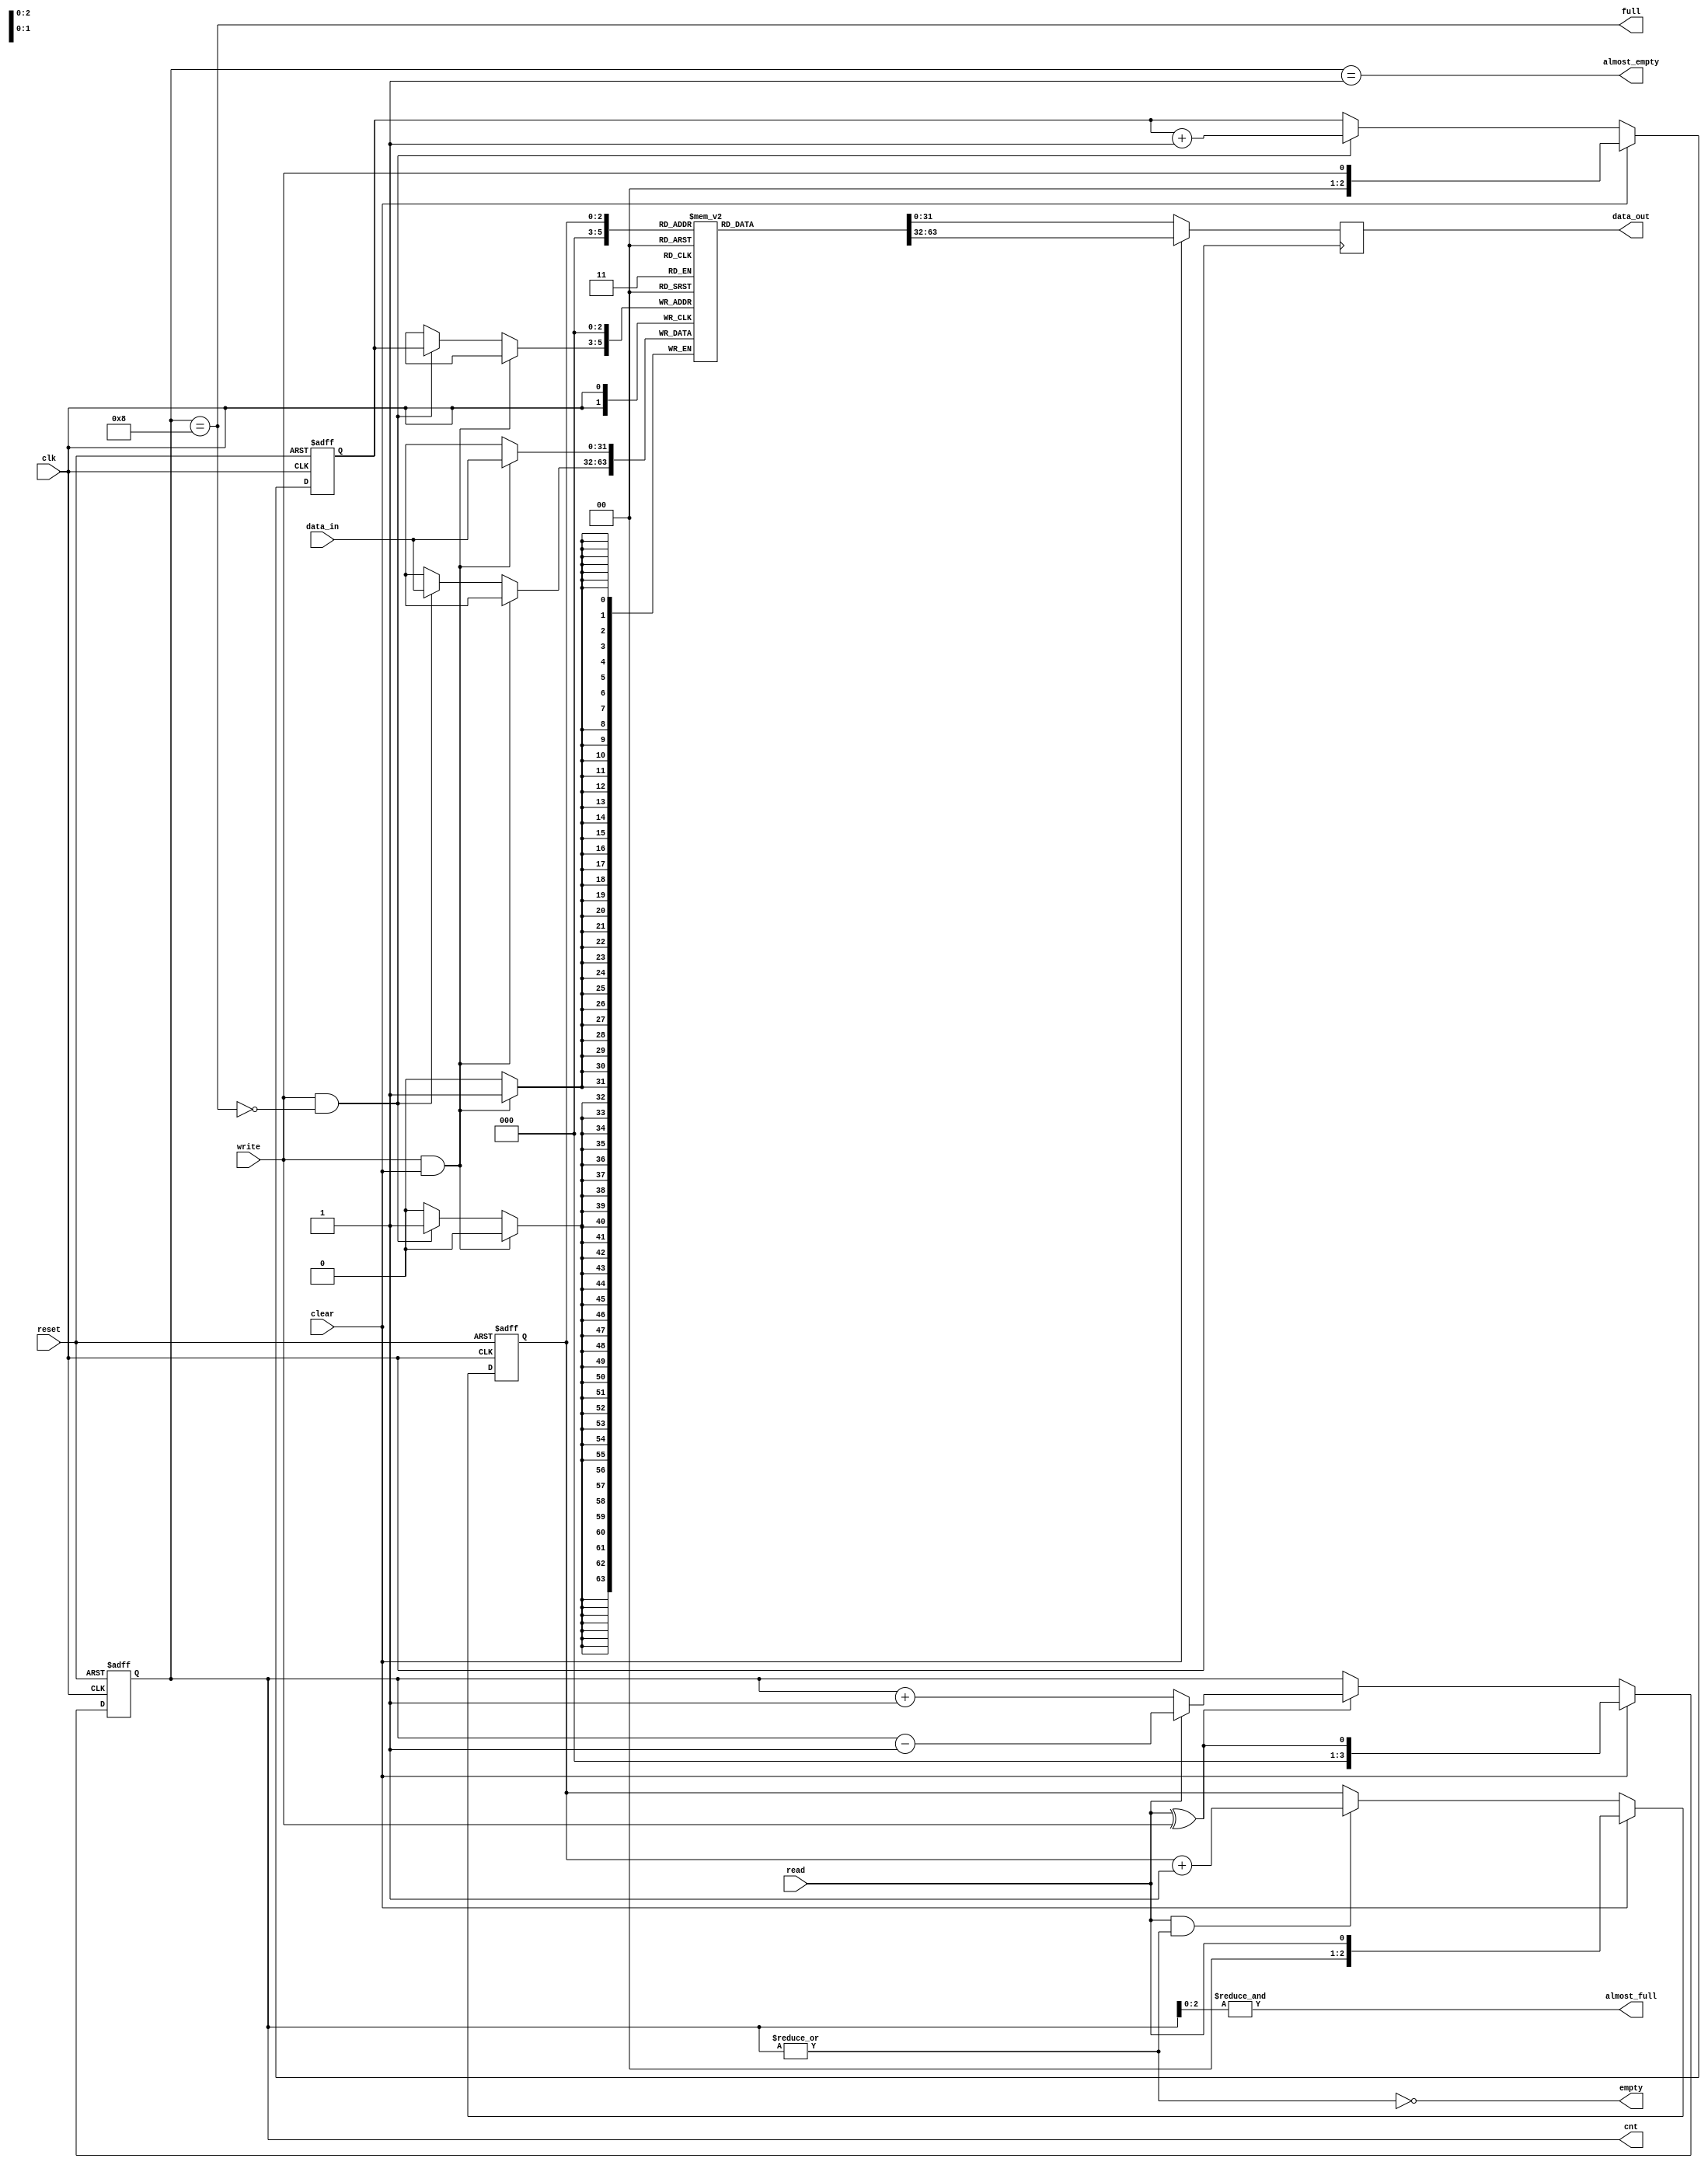
module eth_fifo (data_in, data_out, clk, reset, write, read, clear,
                 almost_full, full, almost_empty, empty, cnt);

parameter DATA_WIDTH    = 32;
parameter DEPTH         = 8;
parameter CNT_WIDTH     = 4;

input                     clk;
input                     reset;
input                     write;
input                     read;
input                     clear;
input   [DATA_WIDTH-1:0]  data_in;

output  [DATA_WIDTH-1:0]  data_out;
output                    almost_full;
output                    full;
output                    almost_empty;
output                    empty;
output  [CNT_WIDTH-1:0]   cnt;

`ifdef ETH_FIFO_XILINX
`else
  `ifdef ETH_ALTERA_ALTSYNCRAM
  `else
    reg     [DATA_WIDTH-1:0]  fifo  [0:DEPTH-1];
    reg     [DATA_WIDTH-1:0]  data_out;
  `endif
`endif

reg     [CNT_WIDTH-1:0]   cnt;
reg     [CNT_WIDTH-2:0]   read_pointer;
reg     [CNT_WIDTH-2:0]   write_pointer;


always @ (posedge clk or posedge reset)
begin
  if(reset)
    cnt <= 0;
  else
  if(clear)
    cnt <= { {(CNT_WIDTH-1){1'b0}}, read^write};
  else
  if(read ^ write)
    if(read)
      cnt <= cnt - 1;
    else
      cnt <= cnt + 1;
end


always @ (posedge clk or posedge reset)
begin
  if(reset)
    read_pointer <= 0;
  else
  if(clear)
    read_pointer <= { {(CNT_WIDTH-2){1'b0}}, read};
  else
  if(read & ~empty)
    read_pointer <= read_pointer + 1'b1;
end

always @ (posedge clk or posedge reset)
begin
  if(reset)
    write_pointer <= 0;
  else
  if(clear)
    write_pointer <= { {(CNT_WIDTH-2){1'b0}}, write};
  else
  if(write & ~full)
    write_pointer <= write_pointer + 1'b1;
end

assign empty = ~(|cnt);
assign almost_empty = cnt == 1;
assign full  = cnt == DEPTH;
assign almost_full  = &cnt[CNT_WIDTH-2:0];



`ifdef ETH_FIFO_XILINX
  xilinx_dist_ram_16x32 fifo
  ( .data_out(data_out), 
    .we(write & ~full),
    .data_in(data_in),
    .read_address( clear ? {CNT_WIDTH-1{1'b0}} : read_pointer),
    .write_address(clear ? {CNT_WIDTH-1{1'b0}} : write_pointer),
    .wclk(clk)
  );
`else   // !ETH_FIFO_XILINX
`ifdef ETH_ALTERA_ALTSYNCRAM



/*
  altera_dpram_16x32  altera_dpram_16x32_inst
  (
    .data             (data_in),
    .wren             (write & ~full),
    .wraddress        (clear ? {CNT_WIDTH-1{1'b0}} : write_pointer),
    .rdaddress        (clear ? {CNT_WIDTH-1{1'b0}} : read_pointer ),
    .clock            (clk),
    .q                (data_out)
  );  //exemplar attribute altera_dpram_16x32_inst NOOPT TRUE
  
  alt_dpram	alt_dpram_inst (
	.clock ( clk ),
	.data ( data_in ),
	.rdaddress ( clear ? {CNT_WIDTH-1{1'b0}} : read_pointer ),
	.wraddress ( clear ? {CNT_WIDTH-1{1'b0}} : write_pointer ),
	.wren ( write & ~full ),
	.q ( data_out )
	);
*/
    
	eth_simple_dual_port_ram
	#(
		.Dw(DATA_WIDTH), 
		.Aw(CNT_WIDTH-1)
	)
	dpram
	(
		.data(data_in),
		.read_addr (clear ? {CNT_WIDTH-1{1'b0}} : read_pointer), 
		.write_addr(clear ? {CNT_WIDTH-1{1'b0}} : write_pointer),
		.we( write & ~full),
		.clk(clk),
		.q(data_out)
	);
  
  
  
`else   // !ETH_ALTERA_ALTSYNCRAM
  always @ (posedge clk)
  begin
    if(write & clear)
      fifo[0] <= data_in;
    else
   if(write & ~full)
      fifo[write_pointer] <= data_in;
  end
  

  always @ (posedge clk)
  begin
    if(clear)
      data_out <= fifo[0];
    else
      data_out <= fifo[read_pointer];
  end
`endif  // !ETH_ALTERA_ALTSYNCRAM
`endif  // !ETH_FIFO_XILINX


endmodule